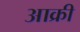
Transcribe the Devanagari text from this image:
आक्री